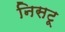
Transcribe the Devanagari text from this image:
निसटू